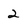
Character: 2